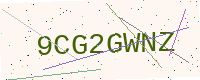
Text: 9CG2GWNZ